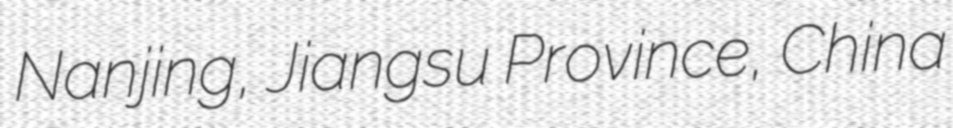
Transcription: Nanjing, Jiangsu Province, China